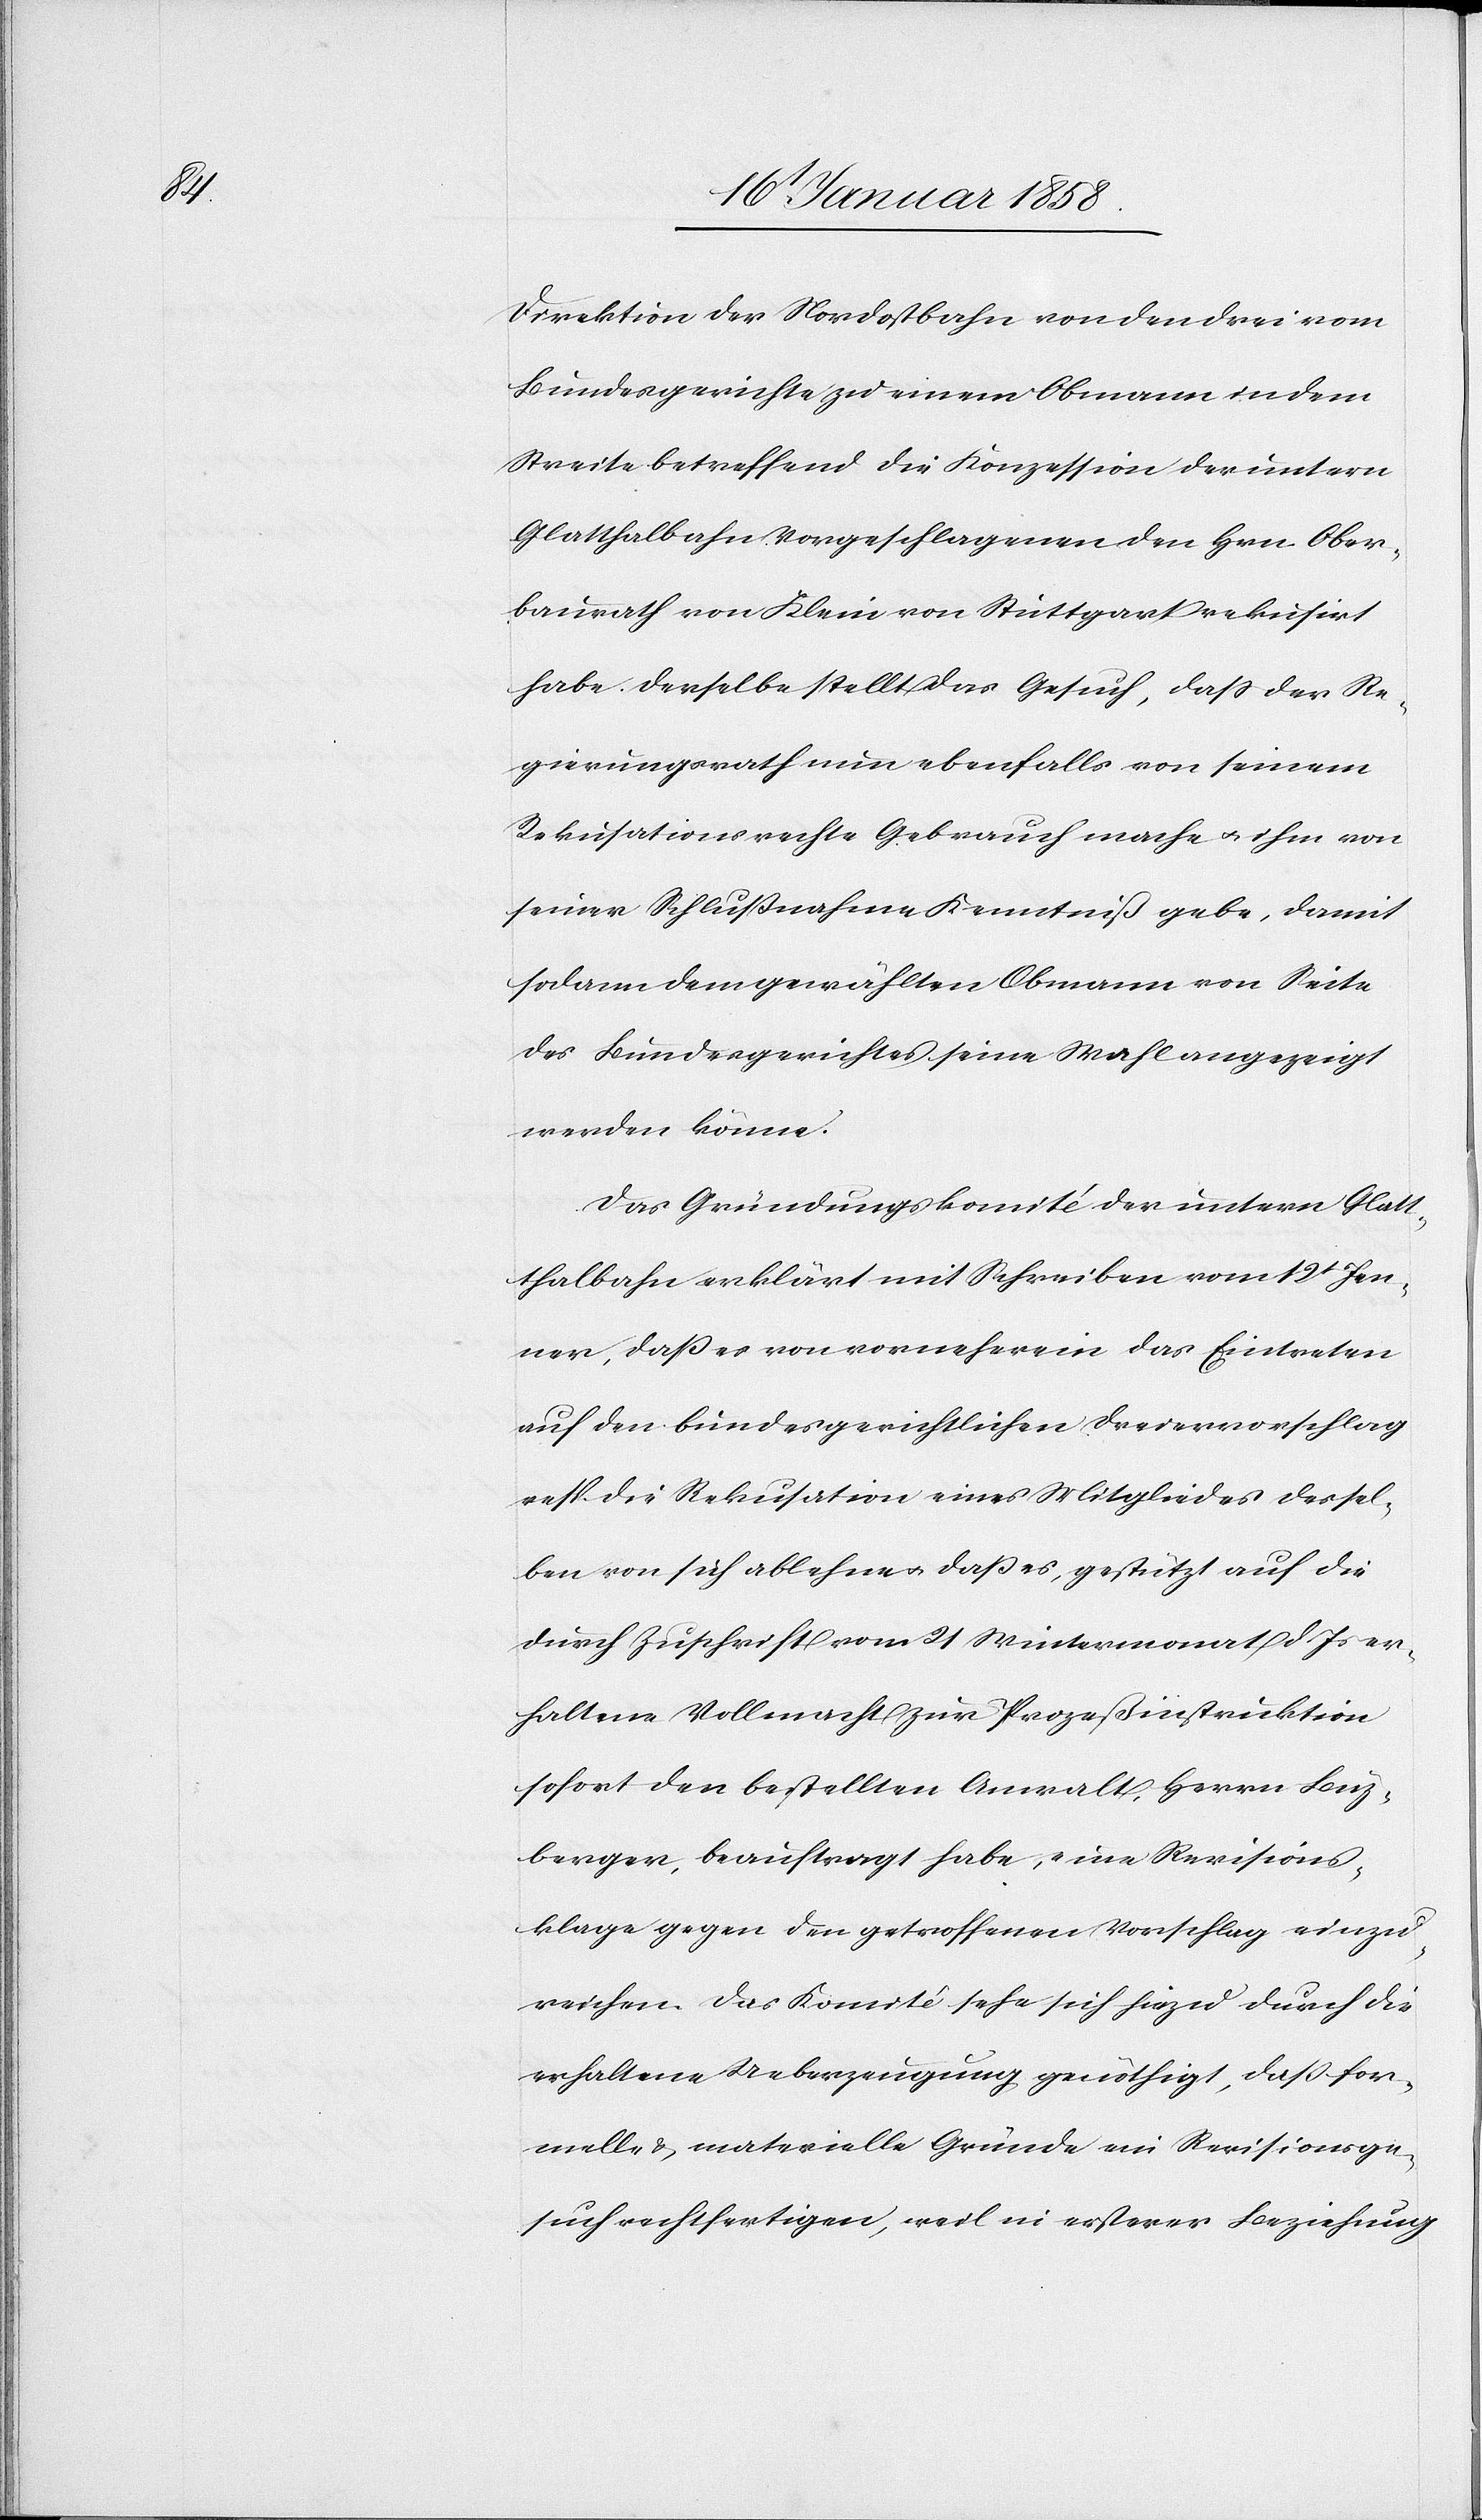
Direktion der Nordostbahn von den drei vom
Bundesgerichte zu einem Obmann in dem
Streite betreffend die Konzession der untern
Glatthalbahn Vorgeschlagenen den Hrn. Ober¬
baurath von Klein von Stuttgart rekusirt
habe. Derselbe stellt das Gesuch, daß der Re¬
gierungsrath nun ebenfalls von seinem
Rekusationsrechte Gebrauch mache u. ihm von
seiner Schlußnahme Kenntniß gebe, damit
sodann dem gewählten Obmann von Seite
des Bundesgerichtes seine Wahl angezeigt
werden könne.
Das Gründungskomité der untern Glatt¬
thalbahn erklärt mit Schreiben vom 12t Jen¬
ner, daß es von vorneherein das Eintreten
auf den bundesgerichtlichen Dreiervorschlag
resp. die Rekusation eines Mitgliedes dessel¬
ben von sich ablehne u. daß es, gestützt auf die
durch Zuschrift vom 21 Wintermonat d Js er¬
haltene Vollmacht zur Prozeßinstruktion
sofort den bestellten Anwalt, Herrn Buz¬
berger, beauftragt habe, eine Revisions¬
klage gegen den getroffenen Vorschlag einzu¬
reichen. Das Komité sehe sich hiezu durch die
erhaltene Ueberzeugung genöthigt, daß for¬
melle u. materielle Gründe ein Revisionsge¬
such rechtfertigen, weil in ersterer Beziehung